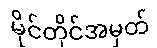
မိုင်တိုင်အမှတ်